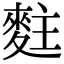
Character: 𪌘